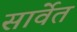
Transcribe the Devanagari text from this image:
सार्वेत